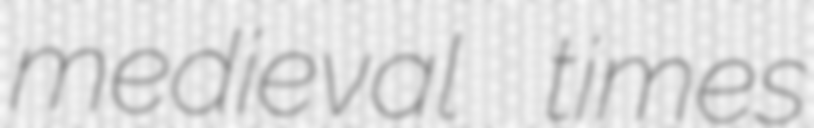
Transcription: medieval times